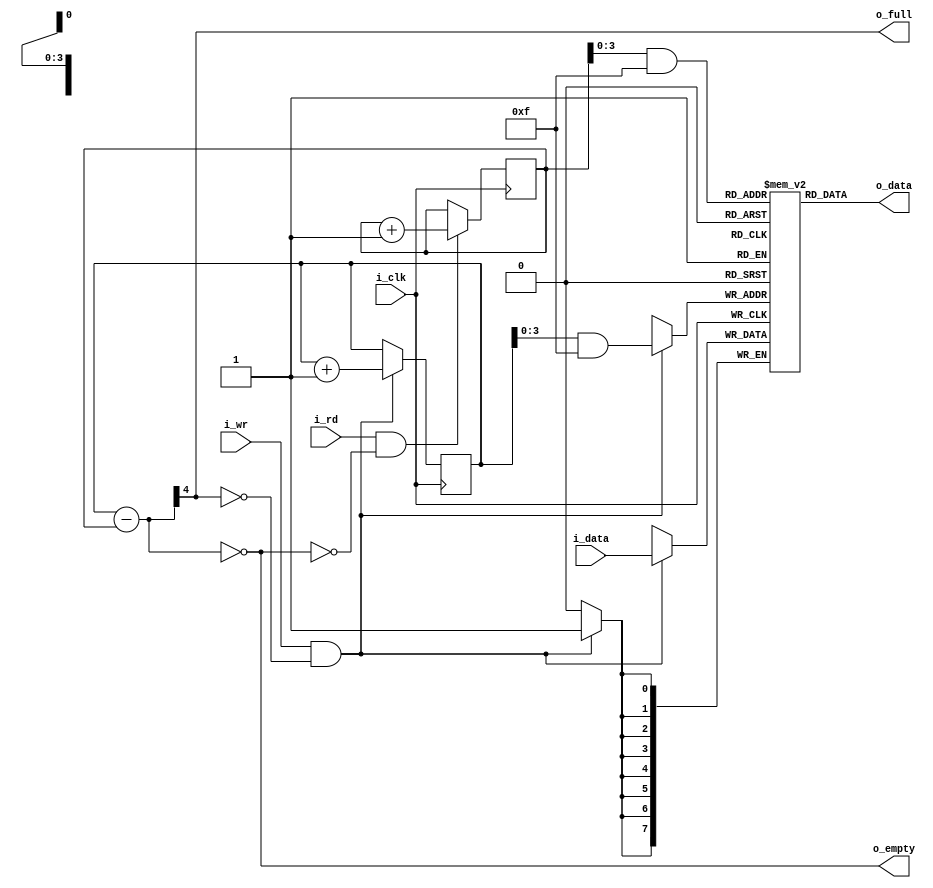
/*

Fall-Thru FIFO Component (won't work on Fomu!)

    +---------------+
    | fifo          |
    |               |
=N=>|i_data     i_rd|<---
--->|i_wr     o_data|=N=>
<---|o_full  o_empty|--->
    |               |
 +->|i_clk          |
 |  +---------------+

*/

`default_nettype none

module fifo #(
  parameter N = 8,                      // data bus bit width
  parameter N_ADDR = 4                  // address bit width
) (
  input             i_clk,              // system clock
  input             i_wr,               // write request
  input     [N-1:0] i_data,             // write data
  output reg        o_full,             // buffer full condition
  input             i_rd,               // read request
  output reg [N-1:0] o_data,            // read data
  output reg        o_empty             // buffer empty condition
);
  localparam BUF_SIZE = 1 << N_ADDR;
  localparam PTR_MASK = BUF_SIZE - 1;

  wire wr;                              // valid write request
  wire rd;                              // valid read request
  assign wr = i_wr && !o_full;
  assign rd = i_rd && !o_empty;

  // data buffer and pointers
  reg [N-1:0] buffer [0:BUF_SIZE-1];
  reg [N_ADDR:0] wr_addr, rd_addr;

  // maintain write pointer
  initial wr_addr = 0;
  always @(posedge i_clk)
    if (wr)
      wr_addr <= wr_addr + 1'b1;
  always @(posedge i_clk)  // NOTE: RAM access in its own block
    if (wr)
      buffer[wr_addr & PTR_MASK] <= i_data;

  // maintain read pointer
  initial rd_addr = 0;
  always @(posedge i_clk)
    if (rd)
      rd_addr <= rd_addr + 1'b1;
  always @(*)
    o_data <= buffer[rd_addr & PTR_MASK];

  // queue length
  reg [N_ADDR:0] len;
  always @(*)
    begin
      len = wr_addr - rd_addr;
      o_empty = (len == 0);
      o_full = len[N_ADDR];//(len == BUF_SIZE);
    end
//  assign o_empty = (len == 0);
//  assign o_full = len[N_ADDR];//(len == BUF_SIZE);

/*
  // formal verification
  always @(*)
    assert(len <= BUF_SIZE);
*/

endmodule